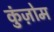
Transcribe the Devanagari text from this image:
कुंज़ोम